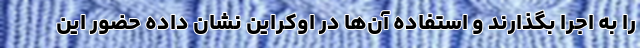
را به اجرا بگذارند و استفاده آن‌ها در اوکراین نشان داده حضور این